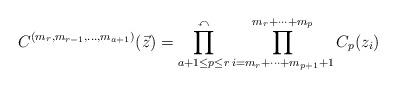
LaTeX: \begin{align*}C^{(m_{r}, m_{r-1}, \ldots , m_{a+1})}(\vec{z})=\prod_{a+1\le p \le r}^{\curvearrowleft}\prod_{i=m_{r}+\cdots +m_{p+1}+1}^{m_{r}+\cdots +m_{p}}C_{p}(z_{i}) \end{align*}